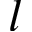
l